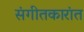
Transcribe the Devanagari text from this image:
संगीतकारांत